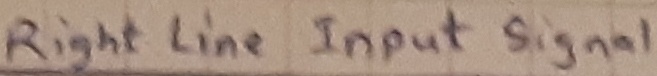
Text: Right line Input signal